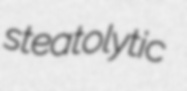
steatolytic